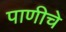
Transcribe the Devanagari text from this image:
पाणीचे